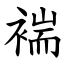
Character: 褍